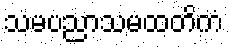
သမပညာသမထတိကံ